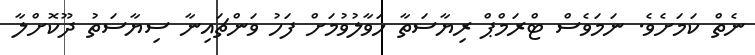
ނެތް ކަމަށެވެ. ނަމަވެސް ޓްރަމްޕް ރިޔާސަތާ ހަވާލުވުމަށް ފަހު ވަންޗައިނާ ސިޔާސަތު ދޫކޮށްލާ